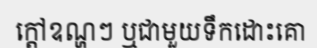
ក្តៅឧណ្ហៗ ឬជាមួយទឹកដោះគោ